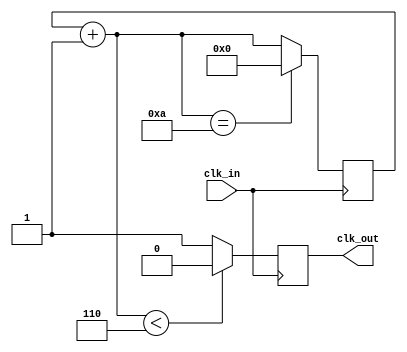
`timescale 1ns / 1ps
//////////////////////////////////////////////////////////////////////////////////
// Company: 
// Engineer: 
// 
// Design Name: 
// Module Name:    clock_divider 
// Project Name: 
// Target Devices: 
// Tool versions: 
// Description: 
//
// Dependencies: 
//
// Revision: 
// Revision 0.01 - File Created
// Additional Comments: 
//
//////////////////////////////////////////////////////////////////////////////////
module clock_divider(clk_out,clk_in);
	input clk_in;
	output reg clk_out;
	reg [3:0] i=0;
	
	always@(posedge clk_in)
	begin
		i = i+1;
		if(i<6)
		clk_out <= 0;
		else 
		clk_out <= 1;
		if(i==10)
		i = 0;
	end

endmodule